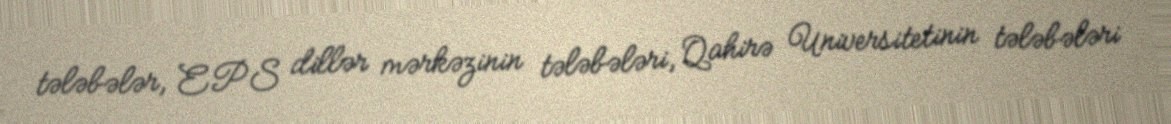
tələbələr, EPS dillər mərkəzinin tələbələri, Qahirə Universitetinin tələbələri